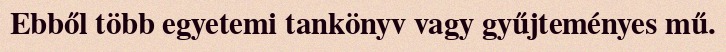
Ebből több egyetemi tankönyv vagy gyűjteményes mű.